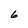
Character: 6